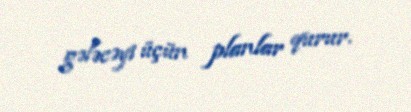
gələcəyi üçün planlar qurur.